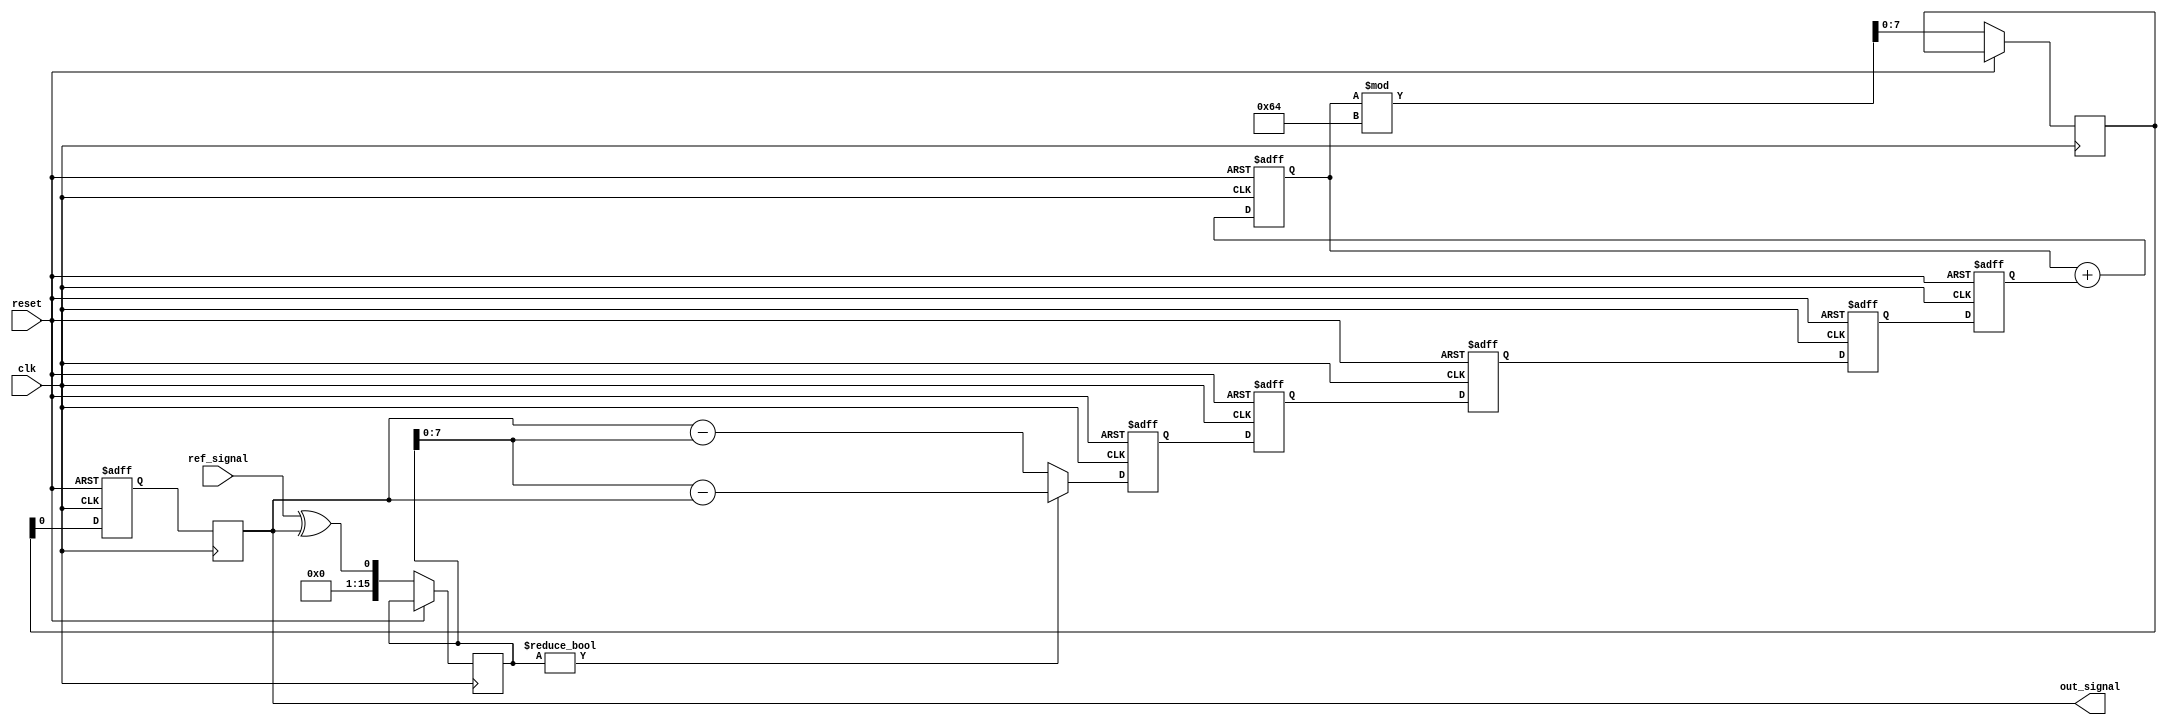
module MemoryBlocksPLL (
    input wire clk,            // System Clock
    input wire reset,          // Reset Signal
    input wire ref_signal,     // Reference Input Signal
    output reg out_signal      // Output Signal
);

// Parameters for the design
parameter NUM_STAGES = 4;       // Number of stages in the filter
parameter MEMORY_SIZE = 16;      // Size of the memory block for storing phase errors
parameter VCO_MAX_FREQ = 100;    // Maximum frequency of VCO

// Internal Variables
reg [MEMORY_SIZE-1:0] phase_memory [0:NUM_STAGES-1]; // Memory for phase errors
reg [MEMORY_SIZE-1:0] phase_error;                     // Current phase error
reg [7:0] loop_filter_output;                          // Output of the loop filter
reg [7:0] vco_output;                                  // VCO output frequency
reg [7:0] vco_ctrl_signal;                             // Control signal for VCO
reg [NUM_STAGES-1:0] i;                                // Loop variable
reg [MEMORY_SIZE-1:0] phase_detector_out;             // Phase detector output

// Phase Detector
always @(posedge clk or posedge reset) begin
    if (reset) begin
        phase_error <= 0;
    end else begin
        // Compare reference signal with the feedback output signal
        phase_detector_out <= ref_signal ^ out_signal; // XOR for phase detection
        phase_error <= (phase_detector_out) ? (phase_detector_out - out_signal) : (out_signal - phase_detector_out);
    end
end

// Loop Filter with Memory Blocks
always @(posedge clk or posedge reset) begin
    if (reset) begin
        for (i = 0; i < NUM_STAGES; i = i + 1) begin
            phase_memory[i] <= 0;
        end
        loop_filter_output <= 0;
    end else begin
        // Shift phase errors to memory blocks and compute the loop filter output
        loop_filter_output <= 0;
        for (i = 0; i < NUM_STAGES; i = i + 1) begin
            if (i == 0) 
                phase_memory[i] <= phase_error;
            else 
                phase_memory[i] <= phase_memory[i-1]; // Shift previous error

            // Simple moving average for filter output
            loop_filter_output <= loop_filter_output + phase_memory[i];
        end
    end
end

// VCO
always @(posedge clk or posedge reset) begin
    if (reset) begin
        vco_output <= 0;
    end else begin
        // Control VCO with the filtered loop output
        vco_ctrl_signal <= loop_filter_output[7:0] % VCO_MAX_FREQ; // Modulate output frequency
        vco_output <= vco_ctrl_signal; // Output frequency
    end
end

// Feedback Path
always @(posedge clk) begin
    out_signal <= vco_output;
end

endmodule